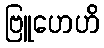
ဗြူဟေဟိ